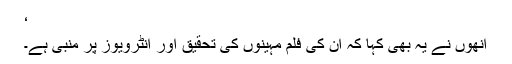
‘
انھوں نے یہ بھی کہا کہ ان کی فلم مہینوں کی تحقیق اور انٹرویوز پر منبی ہے۔